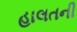
હાલતની